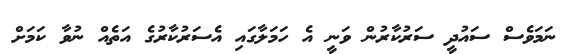
ނަމަވެސް ސައުދީ ސަރުކާރުން ވަނީ އެ ހަމަލާގައި އެސަރުކާރުގެ އަތެއް ނުވާ ކަމަށް